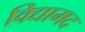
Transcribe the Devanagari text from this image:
विद्यामद